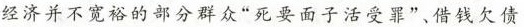
经济并不宽裕的部分群众”死要面子活受罪”、借钱欠债